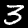
Digit: 3